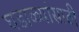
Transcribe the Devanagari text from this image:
घडाळ्यांसाठी